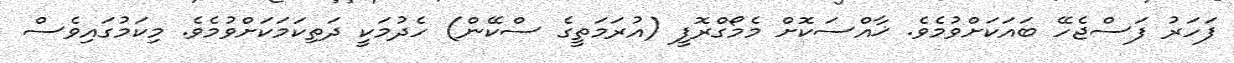
ފަހަރު ފަސްޖެހޭ ބައަކަށްވުމެވެ. ޚާއްސަކޮށް މެމޯގްރޮފީ (އުރަމަތީގެ ސްކޭން) ހެދުމަކީ ދަތިކަމަކަށްވުމެވެ. މިކަމުގައިވެސް